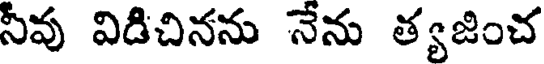
నీవు విడిచినను నేను త్యజించ